Problem: 4 × 3 = ?
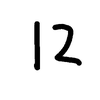
Handwritten answer: 12